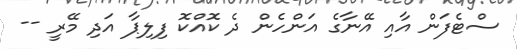
ސްޓެފަން އާއި އޭނާގެ އަންހެން ދެ ކޮއްކޮ ފިލިޕާ އަދި މޭރީ --